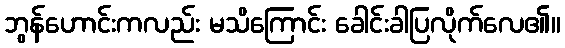
ဘွန်ဟောင်းကလည်း မသိကြောင်း ခေါင်းခါပြလိုက်လေ၏။